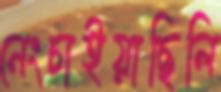
নেংচাইয়াছিলি